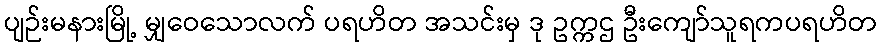
ပျဉ်းမနားမြို့ မျှဝေသောလက် ပရဟိတ အသင်းမှ ဒု ဥက္ကဌ ဦးကျော်သူရကပရဟိတ